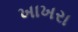
ખાખરા